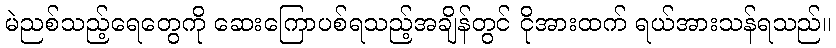
မဲညစ်သည့်ရေတွေကို ဆေးကြောပစ်ရသည့်အချိန်တွင် ငိုအားထက် ရယ်အားသန်ရသည်။